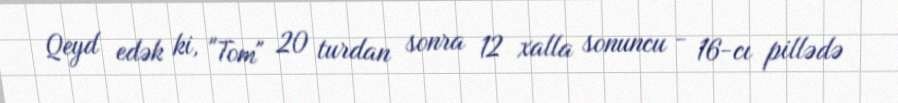
Qeyd edək ki, "Tom" 20 turdan sonra 12 xalla sonuncu - 16-cı pillədə